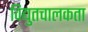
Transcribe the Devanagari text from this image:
विद्युतचालकता